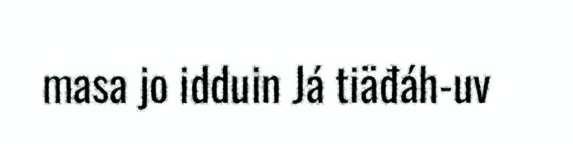
masa jo idduin Já tiäđáh-uv